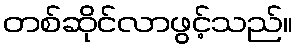
တစ်ဆိုင်လာဖွင့်သည်။